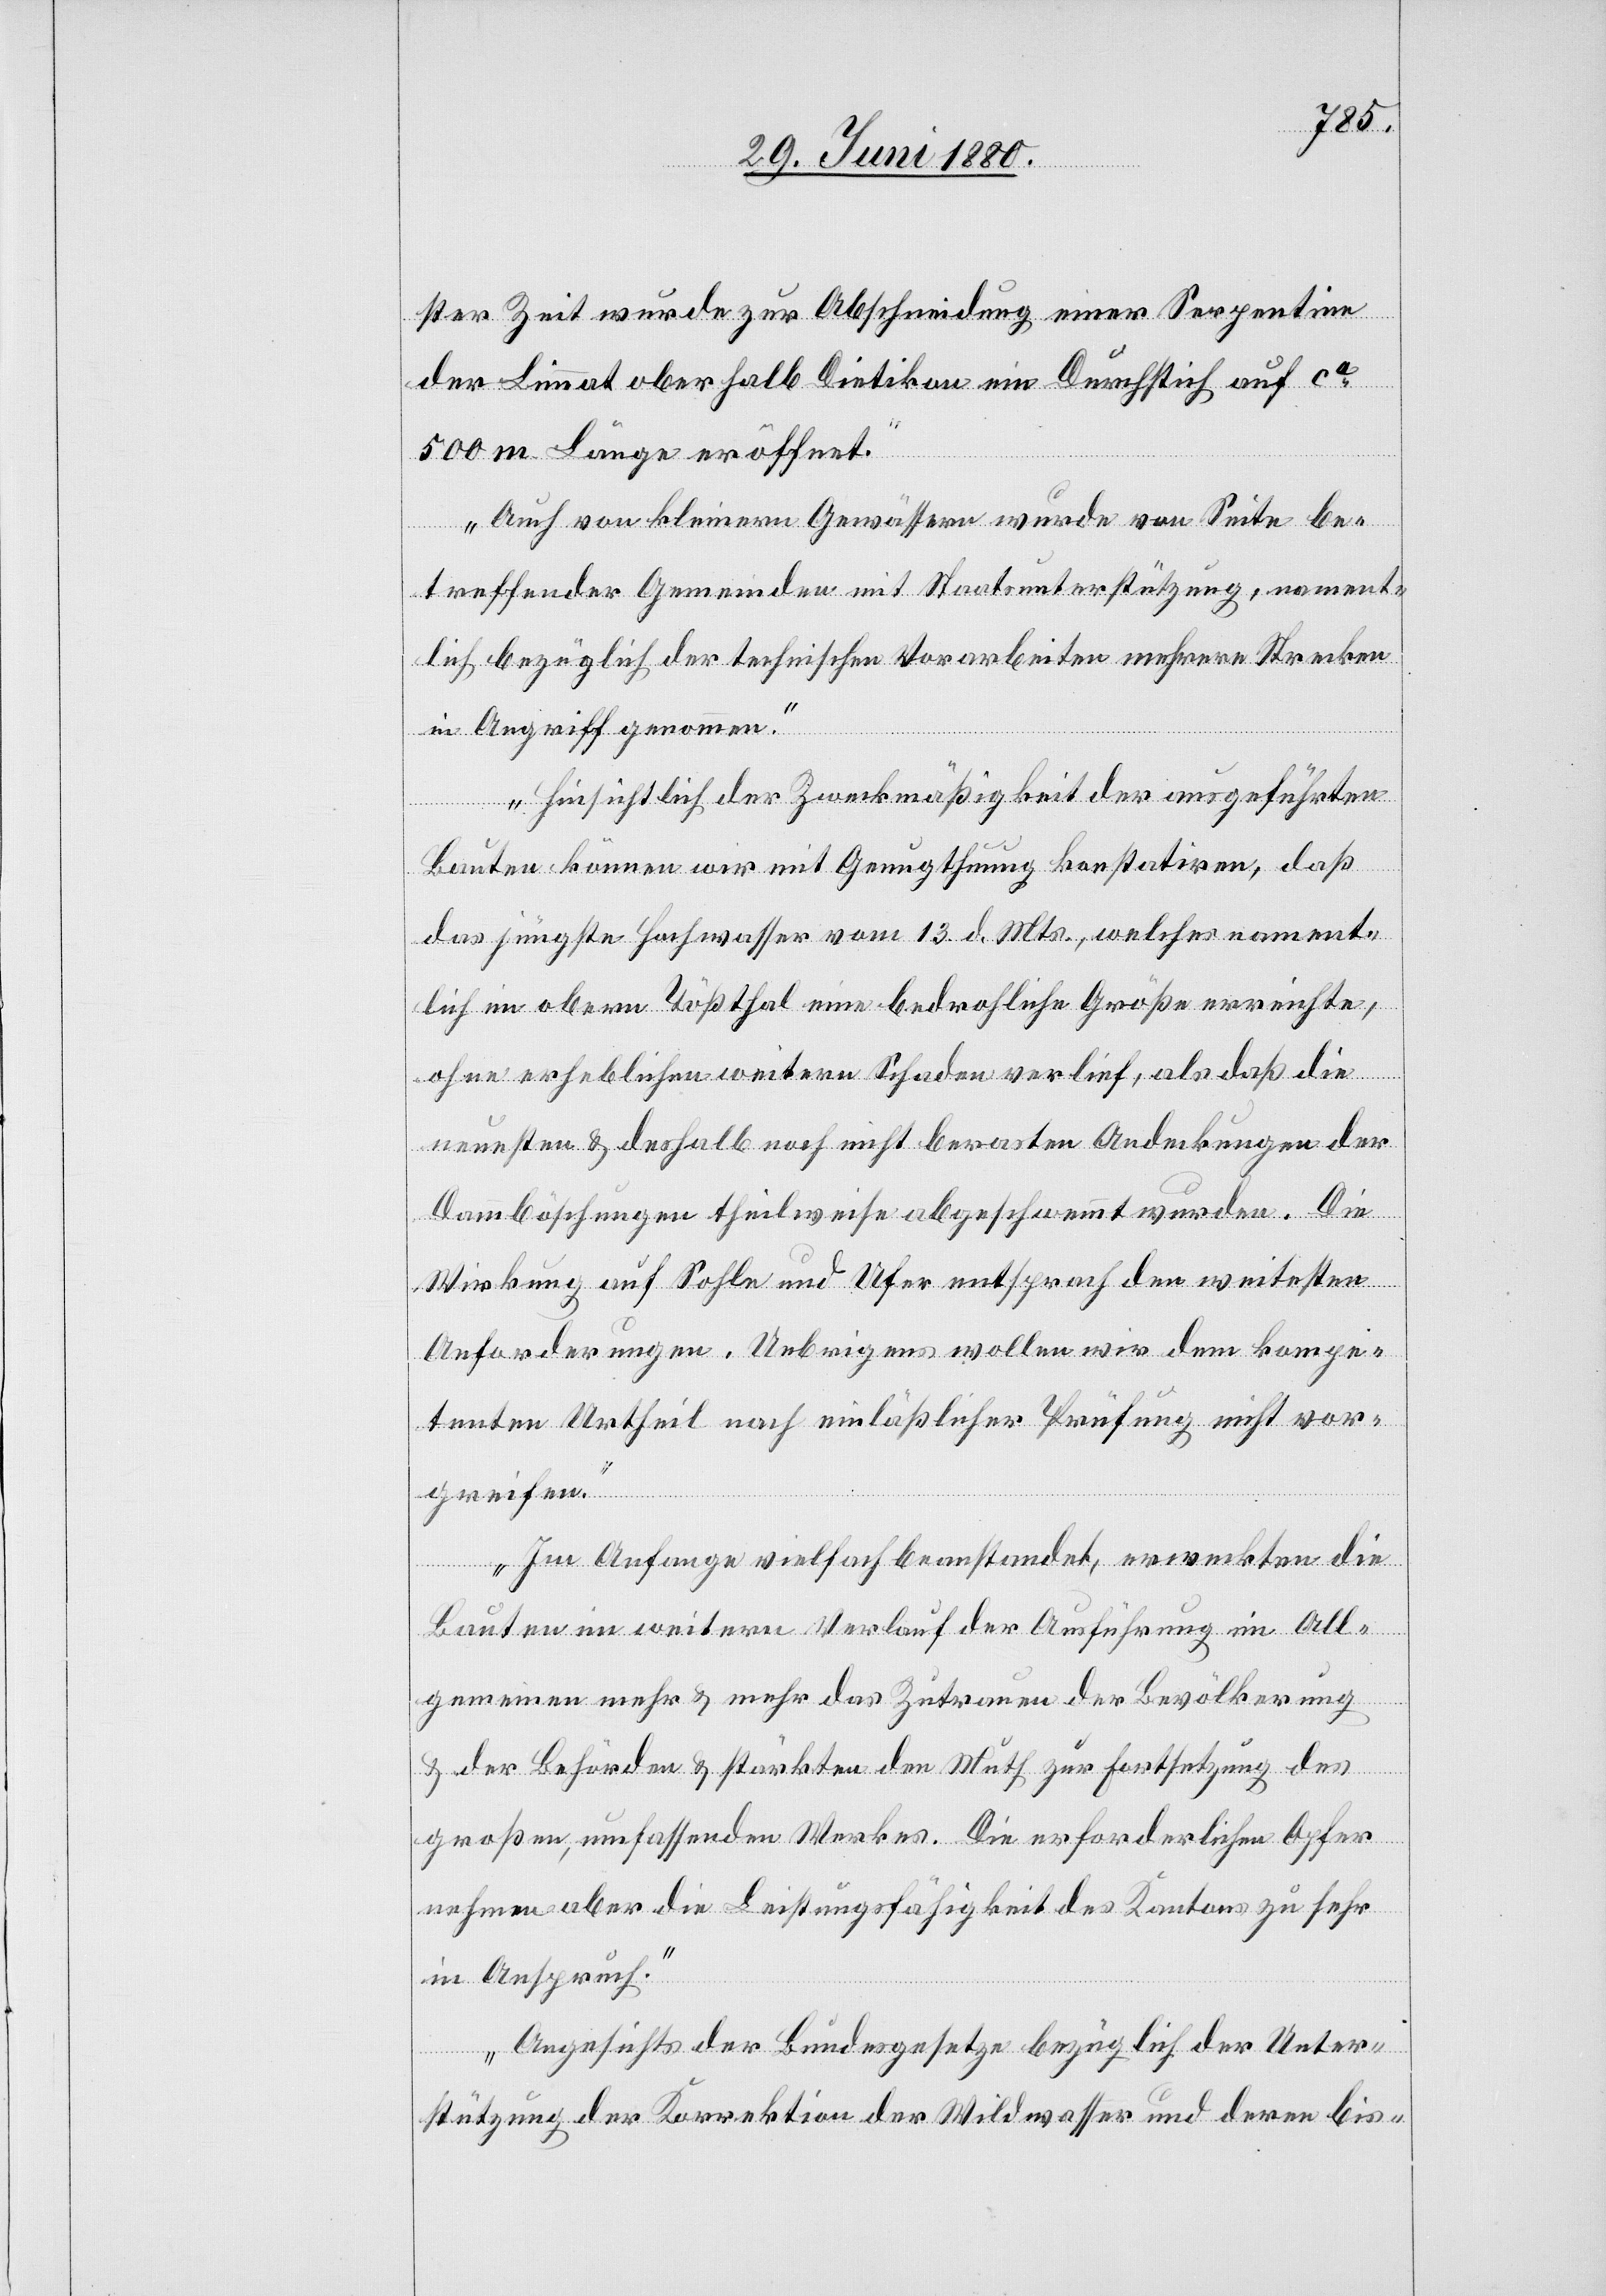
ster Zeit wurde zur Abschneidung einer Serpentine
der Limmat oberhalb Dietikon ein Durchstich auf ca
500 m Länge eröffnet.
Auch von kleinern Gewässern wurde von Seite be¬
treffender Gemeinden mit Staatsunterstützung, nament¬
lich bezüglich der technischen Vorarbeiten mehrere Strecken
in Angriff genommen.
Hinsichtlich der Zweckmäßigkeit der ausgeführten
Bauten können wir mit Genugthuung konstatiren, daß
das jüngste Hochwasser vom 13. d. Mts., welches nament¬
lich im obern Tößthal eine bedrohliche Größe erreichte,
ohne erheblichen weitern Schaden verlief, als daß die
neuesten & deshalb noch nicht berasten Andeckungen der
Dammböschungen theilweise abgeschwemmt wurden. Die
Wirkung auf Sohle und Ufer entsprach den weitesten
Anforderungen. Uebrigens wollen wir dem kompe¬
tenten Urtheil nach einläßlicher Prüfung nicht vor¬
greifen.
Im Anfange vielfach beanstandet, erweckten die
Bauten im weitern Verlauf der Ausführung im All¬
gemeinen mehr & mehr das Zutrauen der Bevölkerung
& der Behörden & stärkten den Muth zur Fortsetzung des
großen, umfassenden Werkes. Die erforderlichen Opfer
nehmen aber die Leistungsfähigkeit des Kantons zu sehr
in Anspruch.
Angesichts der Bundesgesetze bezüglich der Unter¬
stützung der Korrektion der Wildwasser und deren bis-